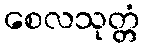
စေလသုတ္တံ